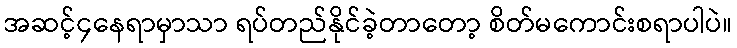
အဆင့်၄နေရာမှာသာ ရပ်တည်နိုင်ခဲ့တာတော့ စိတ်မကောင်းစရာပါပဲ။